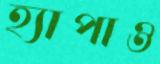
হ্যাপাও